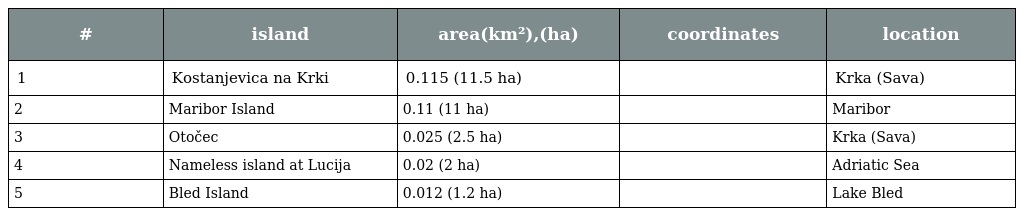
| # | island | area(km²),(ha) | coordinates | location |
 | --- | --- | --- | --- | --- |
 | 1 | Kostanjevica na Krki | 0.115 (11.5 ha) |  | Krka (Sava) |
 | 2 | Maribor Island | 0.11 (11 ha) |  | Maribor |
 | 3 | Otočec | 0.025 (2.5 ha) |  | Krka (Sava) |
 | 4 | Nameless island at Lucija | 0.02 (2 ha) |  | Adriatic Sea |
 | 5 | Bled Island | 0.012 (1.2 ha) |  | Lake Bled |